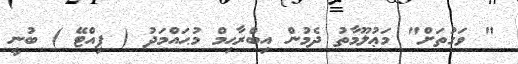
" ވަގުތަށް" މަޢުލޫމާތު ދެމުން އިބްރާޙިމް މުޙައްމަދު ( ފިއްޓޭ ) ބުނީ